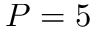
P = 5